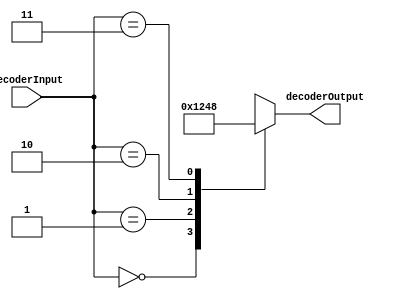
module decoder_2_to_4(input wire [1:0] decoderInput, output reg [3:0] decoderOutput);
	always@(*) begin
		case(decoderInput)
         		4'b00 : decoderOutput <= 4'b0001;    
       		 	4'b01 : decoderOutput <= 4'b0010;    
         		4'b10 : decoderOutput <= 4'b0100;    
         		4'b11 : decoderOutput <= 4'b1000;    
      		endcase
   	end
endmodule